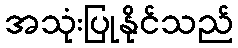
အသုံးပြုနိုင်သည်